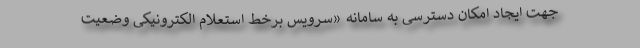
جهت ایجاد امکان دسترسی به سامانه «سرویس برخط استعلام الکترونیکی وضعیت